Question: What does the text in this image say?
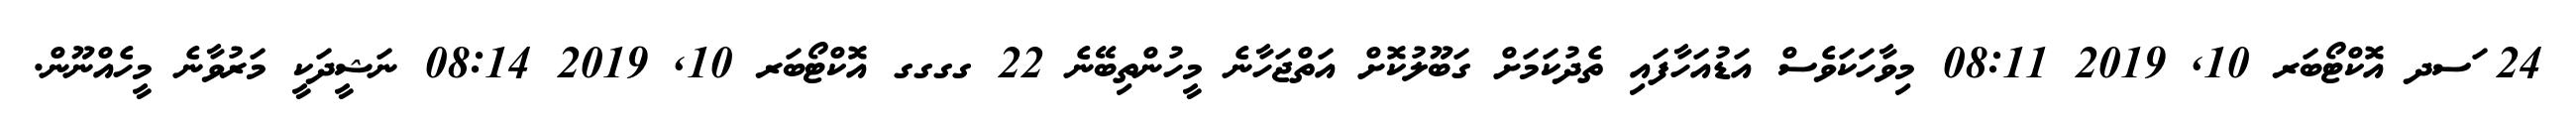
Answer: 24 ަސދ އޮކްޓޯބަރ 10, 2019 08:11 މިވާހަކަވެސް އަޑުއަހާފައި ތެދުކަމަށް ގަބޫލުކޮށް އަތްޖަހާނެ މީހުންތިބޭނެ 22 ގގގގ އޮކްޓޯބަރ 10, 2019 08:14 ނަޝީދަކީ މަރުވާނެ މީހެއްނޫން.